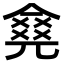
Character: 𠎛